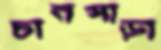
চানপাড়া